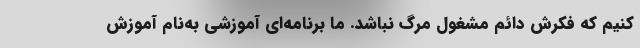
کنیم که فکرش دائم مشغول مرگ نباشد. ما برنامه‌ای آموزشی به‌نام آموزش